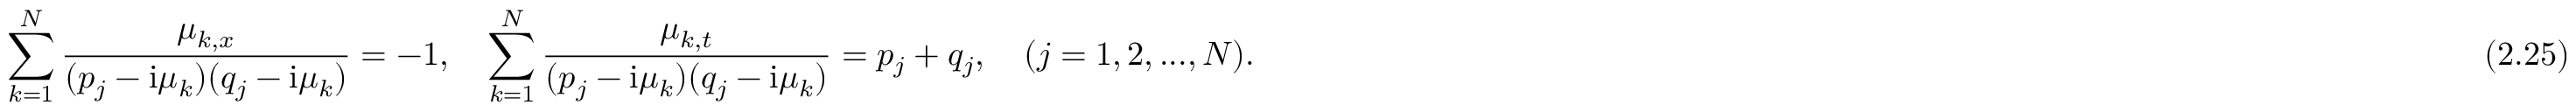
\sum _ { k = 1 } ^ { N } { \frac { \mu _ { k , x } } { ( p _ { j } - \mathrm { i } \mu _ { k } ) ( q _ { j } - \mathrm { i } \mu _ { k } ) } } = - 1 , \quad \sum _ { k = 1 } ^ { N } { \frac { \mu _ { k , t } } { ( p _ { j } - \mathrm { i } \mu _ { k } ) ( q _ { j } - \mathrm { i } \mu _ { k } ) } } = p _ { j } + q _ { j } , \quad ( j = 1 , 2 , . . . , N ) . \eqno ( 2 . 2 5 )